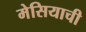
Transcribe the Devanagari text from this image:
मेसियाची